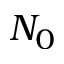
N _ { 0 }